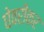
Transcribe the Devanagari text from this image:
घेवरीकर